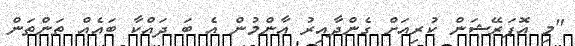
"މި އޮޕަރޭޝަން ކުރިއަށް ގެންދާއިރު އާންމުން އެ ބަ ދައްކާ ބައެއް ތަންތަން